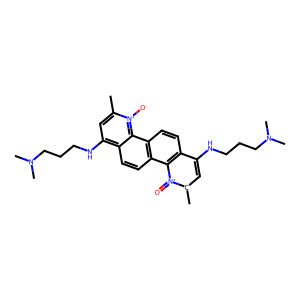
SMILES: Cc1cc(NCCCN(C)C)c2ccc3c(ccc4c(NCCCN(C)C)c[c-](C)[n+](=O)c43)c2[n+]1[O-]
Inhibits HIV replication: No